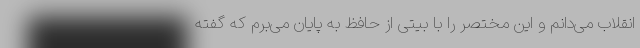
انقلاب می‌دانم و این مختصر را با بیتی از حافظ به پایان می‌برم که گفته